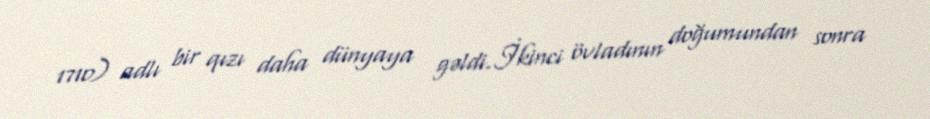
1710) adlı bir qızı daha dünyaya gəldi.İkinci övladının doğumundan sonra